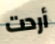
أردت